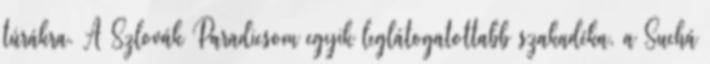
túrákra. A Szlovák Paradicsom egyik leglátogatottabb szakadéka, a Suchá